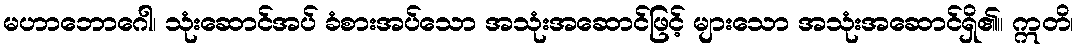
မဟာဘောဂေါ၊ သုံးဆောင်အပ် ခံစားအပ်သော အသုံးအဆောင်ဖြင့် များသော အသုံးအဆောင်ရှိ၏။ ဣတိ၊